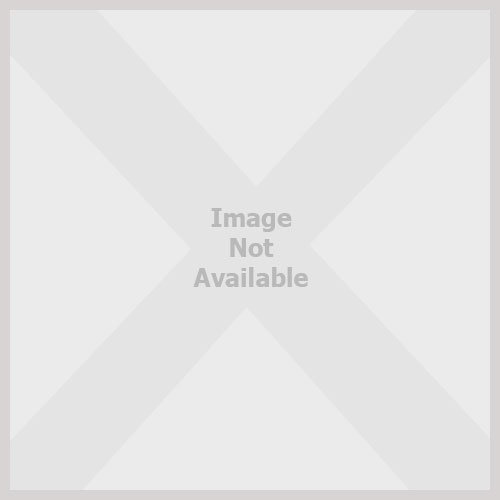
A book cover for Norway: the Best of Norway in Glorious Pictures; Inge Stikholmen; Travel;